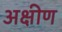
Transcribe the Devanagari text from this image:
अक्षीण